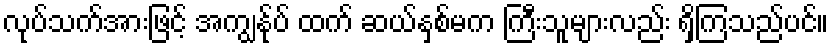
လုပ်သက်အားဖြင့် အကျွန်ုပ် ထက် ဆယ်နှစ်မက ကြီးသူများလည်း ရှိကြသည်ပင်။